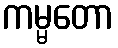
ကမ္မတော